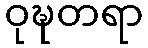
ဝုဍ္ဎတရာ